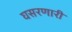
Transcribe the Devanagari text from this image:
घसरणारी